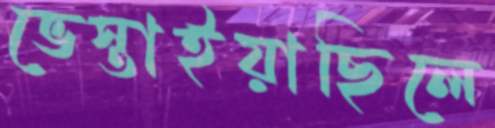
ভেস্তাইয়াছিলে